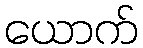
ယောက်